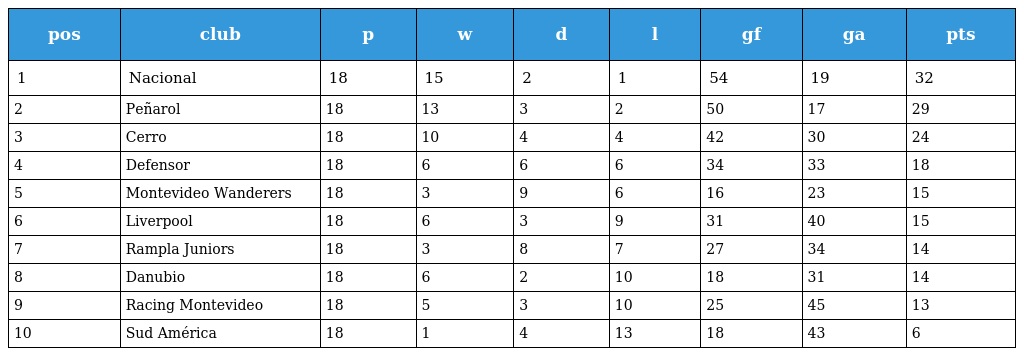
| pos | club | p | w | d | l | gf | ga | pts |
 | --- | --- | --- | --- | --- | --- | --- | --- | --- |
 | 1 | Nacional | 18 | 15 | 2 | 1 | 54 | 19 | 32 |
 | 2 | Peñarol | 18 | 13 | 3 | 2 | 50 | 17 | 29 |
 | 3 | Cerro | 18 | 10 | 4 | 4 | 42 | 30 | 24 |
 | 4 | Defensor | 18 | 6 | 6 | 6 | 34 | 33 | 18 |
 | 5 | Montevideo Wanderers | 18 | 3 | 9 | 6 | 16 | 23 | 15 |
 | 6 | Liverpool | 18 | 6 | 3 | 9 | 31 | 40 | 15 |
 | 7 | Rampla Juniors | 18 | 3 | 8 | 7 | 27 | 34 | 14 |
 | 8 | Danubio | 18 | 6 | 2 | 10 | 18 | 31 | 14 |
 | 9 | Racing Montevideo | 18 | 5 | 3 | 10 | 25 | 45 | 13 |
 | 10 | Sud América | 18 | 1 | 4 | 13 | 18 | 43 | 6 |